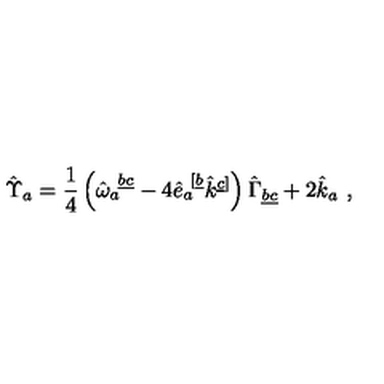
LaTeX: \hat { \Upsilon } _ { a } = \frac { 1 } { 4 } \left( \hat { \omega } _ { a } ^ { \ \underline { { b c } } } - 4 \hat { e } _ { a } ^ { \ [ \underline { { b } } } \hat { k } ^ { \underline { { c } } ] } \right) \hat { \Gamma } _ { \underline { { b c } } } + 2 \hat { k } _ { a } \ ,